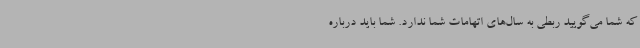
که شما می‌گویید ربطی به سال‌های اتهامات شما ندارد. شما باید درباره